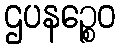
ဌပနဉ္စေဝ